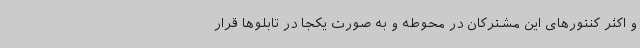
و اکثر کنتورهای این مشترکان در محوطه و به صورت یکجا در تابلوها قرار